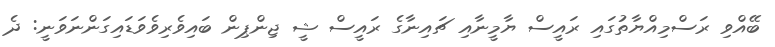
ބޭއްވި ރަސްމިއްޔާތުގައި ރައީސް ޔާމީނާއި ޗައިނާގެ ރައީސް ޝީ ޖިންޕިން ބައިވެރިވެވަޑައިގަންނަވަނީ: ދެ